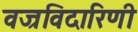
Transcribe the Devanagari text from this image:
वज्रविदारिणी